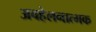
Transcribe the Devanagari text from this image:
अवहेलनात्मक